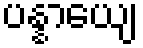
ပန္နာယျေ